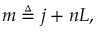
m \triangleq j + n L ,